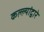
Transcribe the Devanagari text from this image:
कल्ल्यांद्वारे